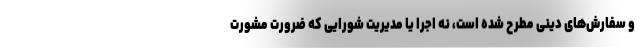
و سفارش‌های دینی مطرح شده است، نه اجرا یا مدیریت شورایی که ضرورت مشورت